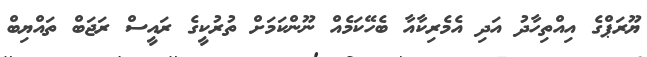
ޔޫރަޕްގެ އިއްތިހާދު އަދި އެމެރިކާއާ ބެހޭކަމެއް ނޫންކަމަށް ތުރުކީގެ ރައީސް ރަޖަބް ތައްޔިބް